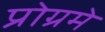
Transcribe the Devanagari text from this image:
प्रोग्रमे